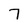
Character: 7